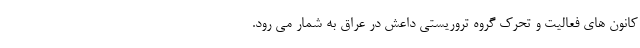
کانون های فعالیت و تحرک گروه تروریستی داعش در عراق به شمار می رود.